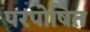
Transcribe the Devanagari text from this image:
परपोषित